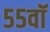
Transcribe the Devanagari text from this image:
५५वॉ